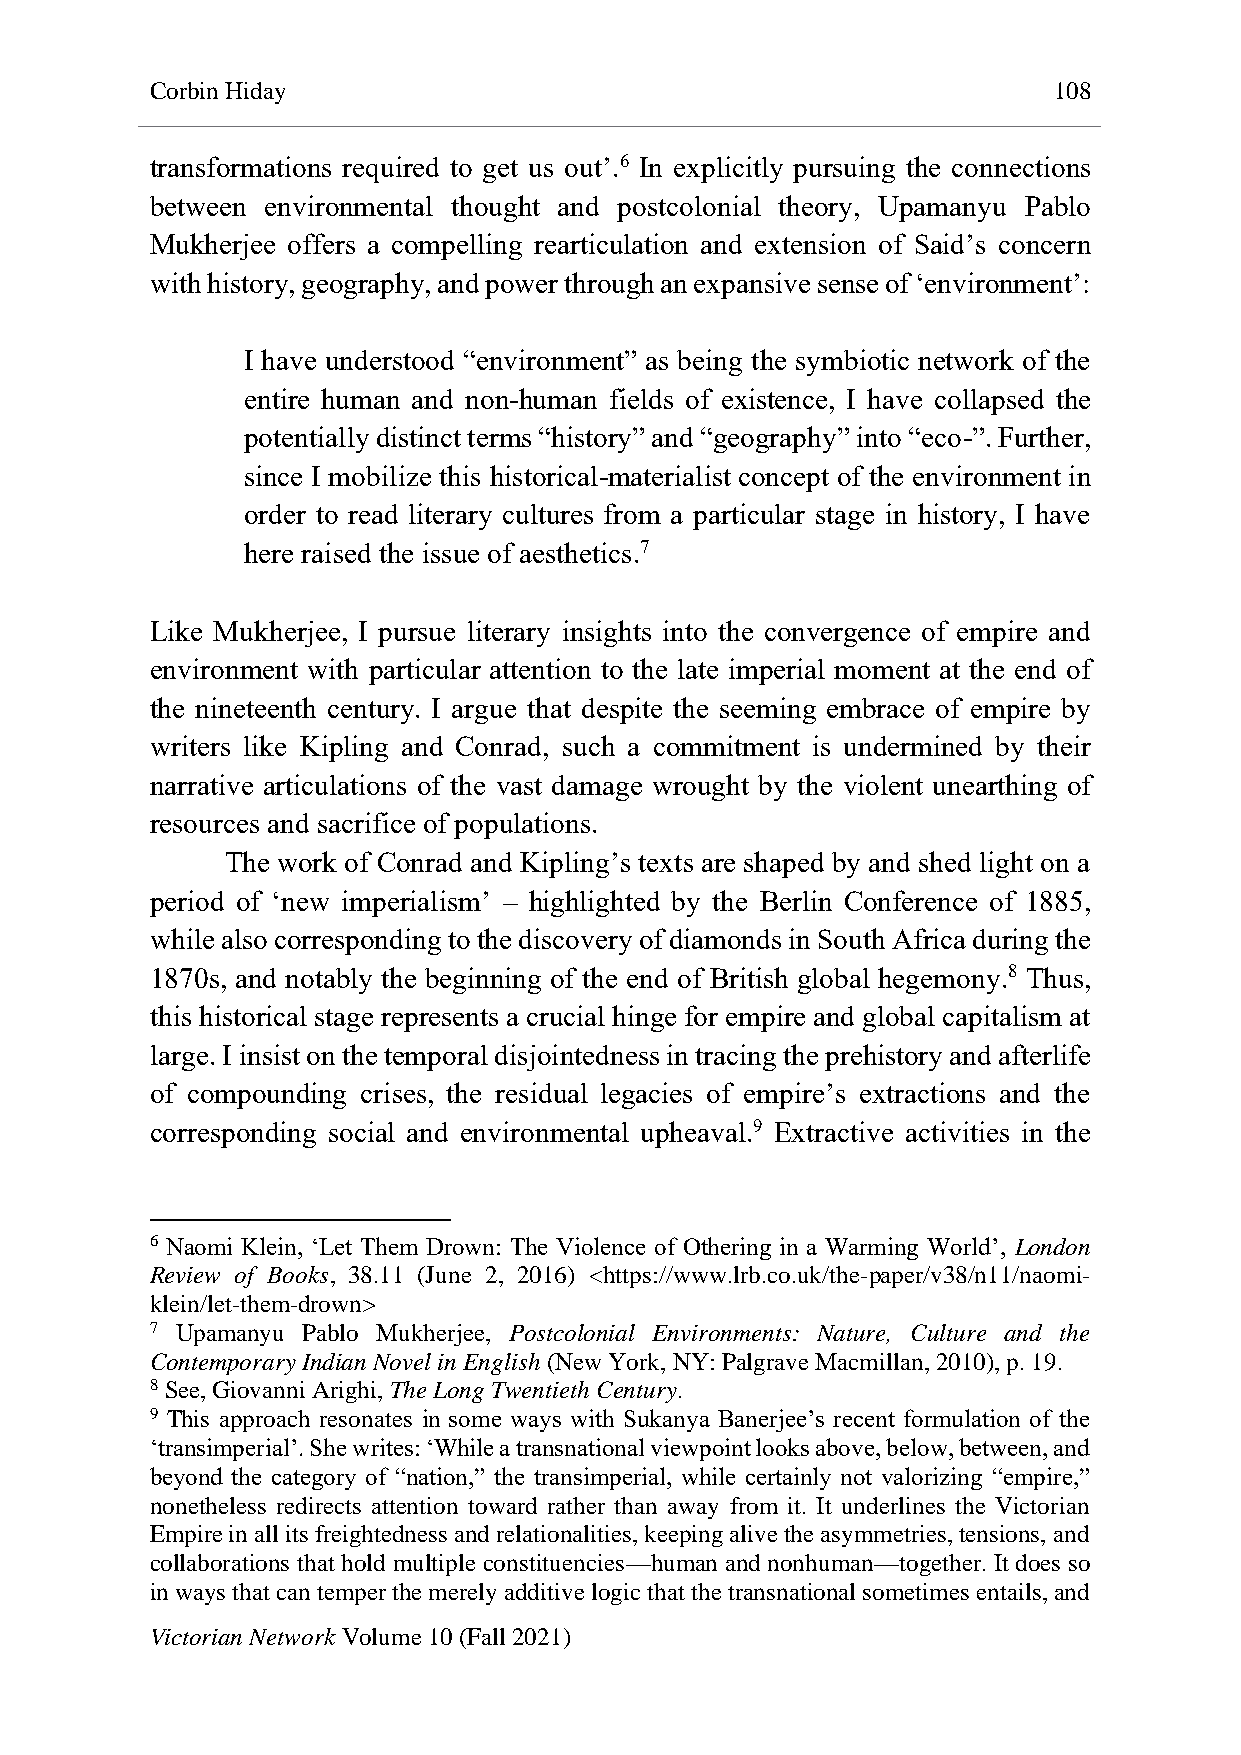
Corbin Hiday                                                108
 transformations required to get us out’.6 In explicitly pursuing the connections
 between environmental thought and postcolonial theory, Upamanyu Pablo
 Mukherjee offers a compelling rearticulation and extension of Said’s concern
 with history, geography, and power through an expansive sense of ‘environment’:
 I have understood “environment” as being the symbiotic network of the
 entire human and non-human fields of existence, I have collapsed the
 potentially distinct terms “history” and “geography” into “eco-”. Further,
 since I mobilize this historical-materialist concept of the environment in
 order to read literary cultures from a particular stage in history, I have
 here raised the issue of aesthetics.7
 Like Mukherjee, I pursue literary insights into the convergence of empire and
 environment with particular attention to the late imperial moment at the end of
 the nineteenth century. I argue that despite the seeming embrace of empire by
 writers like Kipling and Conrad, such a commitment is undermined by their
 narrative articulations of the vast damage wrought by the violent unearthing of
 resources and sacrifice of populations.
 The work of Conrad and Kipling’s texts are shaped by and shed light on a
 period of ‘new imperialism’ – highlighted by the Berlin Conference of 1885,
 while also corresponding to the discovery of diamonds in South Africa during the
 1870s, and notably the beginning of the end of British global hegemony.8 Thus,
 this historical stage represents a crucial hinge for empire and global capitalism at
 large. I insist on the temporal disjointedness in tracing the prehistory and afterlife
 of compounding crises, the residual legacies of empire’s extractions and the
 corresponding social and environmental upheaval.9 Extractive activities in the
 6 Naomi Klein, ‘Let Them Drown: The Violence of Othering in a Warming World’, London
 Review of Books, 38.11 (June 2, 2016) <https://www.lrb.co.uk/the-paper/v38/n11/naomi-
 klein/let-them-drown>
 7 Upamanyu Pablo Mukherjee, Postcolonial Environments: Nature, Culture and the
 Contemporary Indian Novel in English (New York, NY: Palgrave Macmillan, 2010), p. 19.
 8 See, Giovanni Arighi, The Long Twentieth Century.
 9 This approach resonates in some ways with Sukanya Banerjee’s recent formulation of the
 ‘transimperial’. She writes: ‘While a transnational viewpoint looks above, below, between, and
 beyond the category of “nation,” the transimperial, while certainly not valorizing “empire,”
 nonetheless redirects attention toward rather than away from it. It underlines the Victorian
 Empire in all its freightedness and relationalities, keeping alive the asymmetries, tensions, and
 collaborations that hold multiple constituencies—human and nonhuman—together. It does so
 in ways that can temper the merely additive logic that the transnational sometimes entails, and
 Victorian Network Volume 10 (Fall 2021)